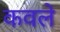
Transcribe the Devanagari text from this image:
कवले